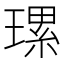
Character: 𤨴